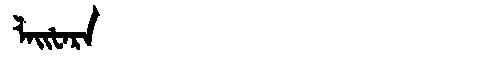
Manchu: ᠯᠠᡳᡶᠠᡵᠠ
Romanization: LAIFARA